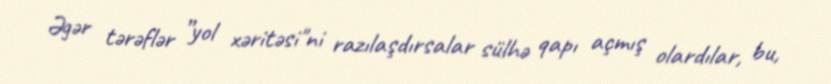
Əgər tərəflər ”yol xəritəsi"ni razılaşdırsalar sülhə qapı açmış olardılar, bu,